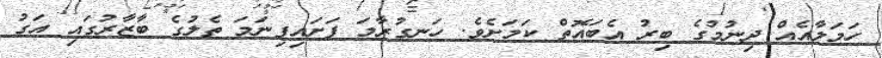
ހަމަލާއެއް ދިނުމުގެ ބިރު އެބައޮތް ކަމަށެވެ. ހަނގުރާމަ ފަށައިފިނަމަ ތެލުގެ ބާޒާރުގައި އަގު